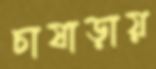
চাষাড়ায়